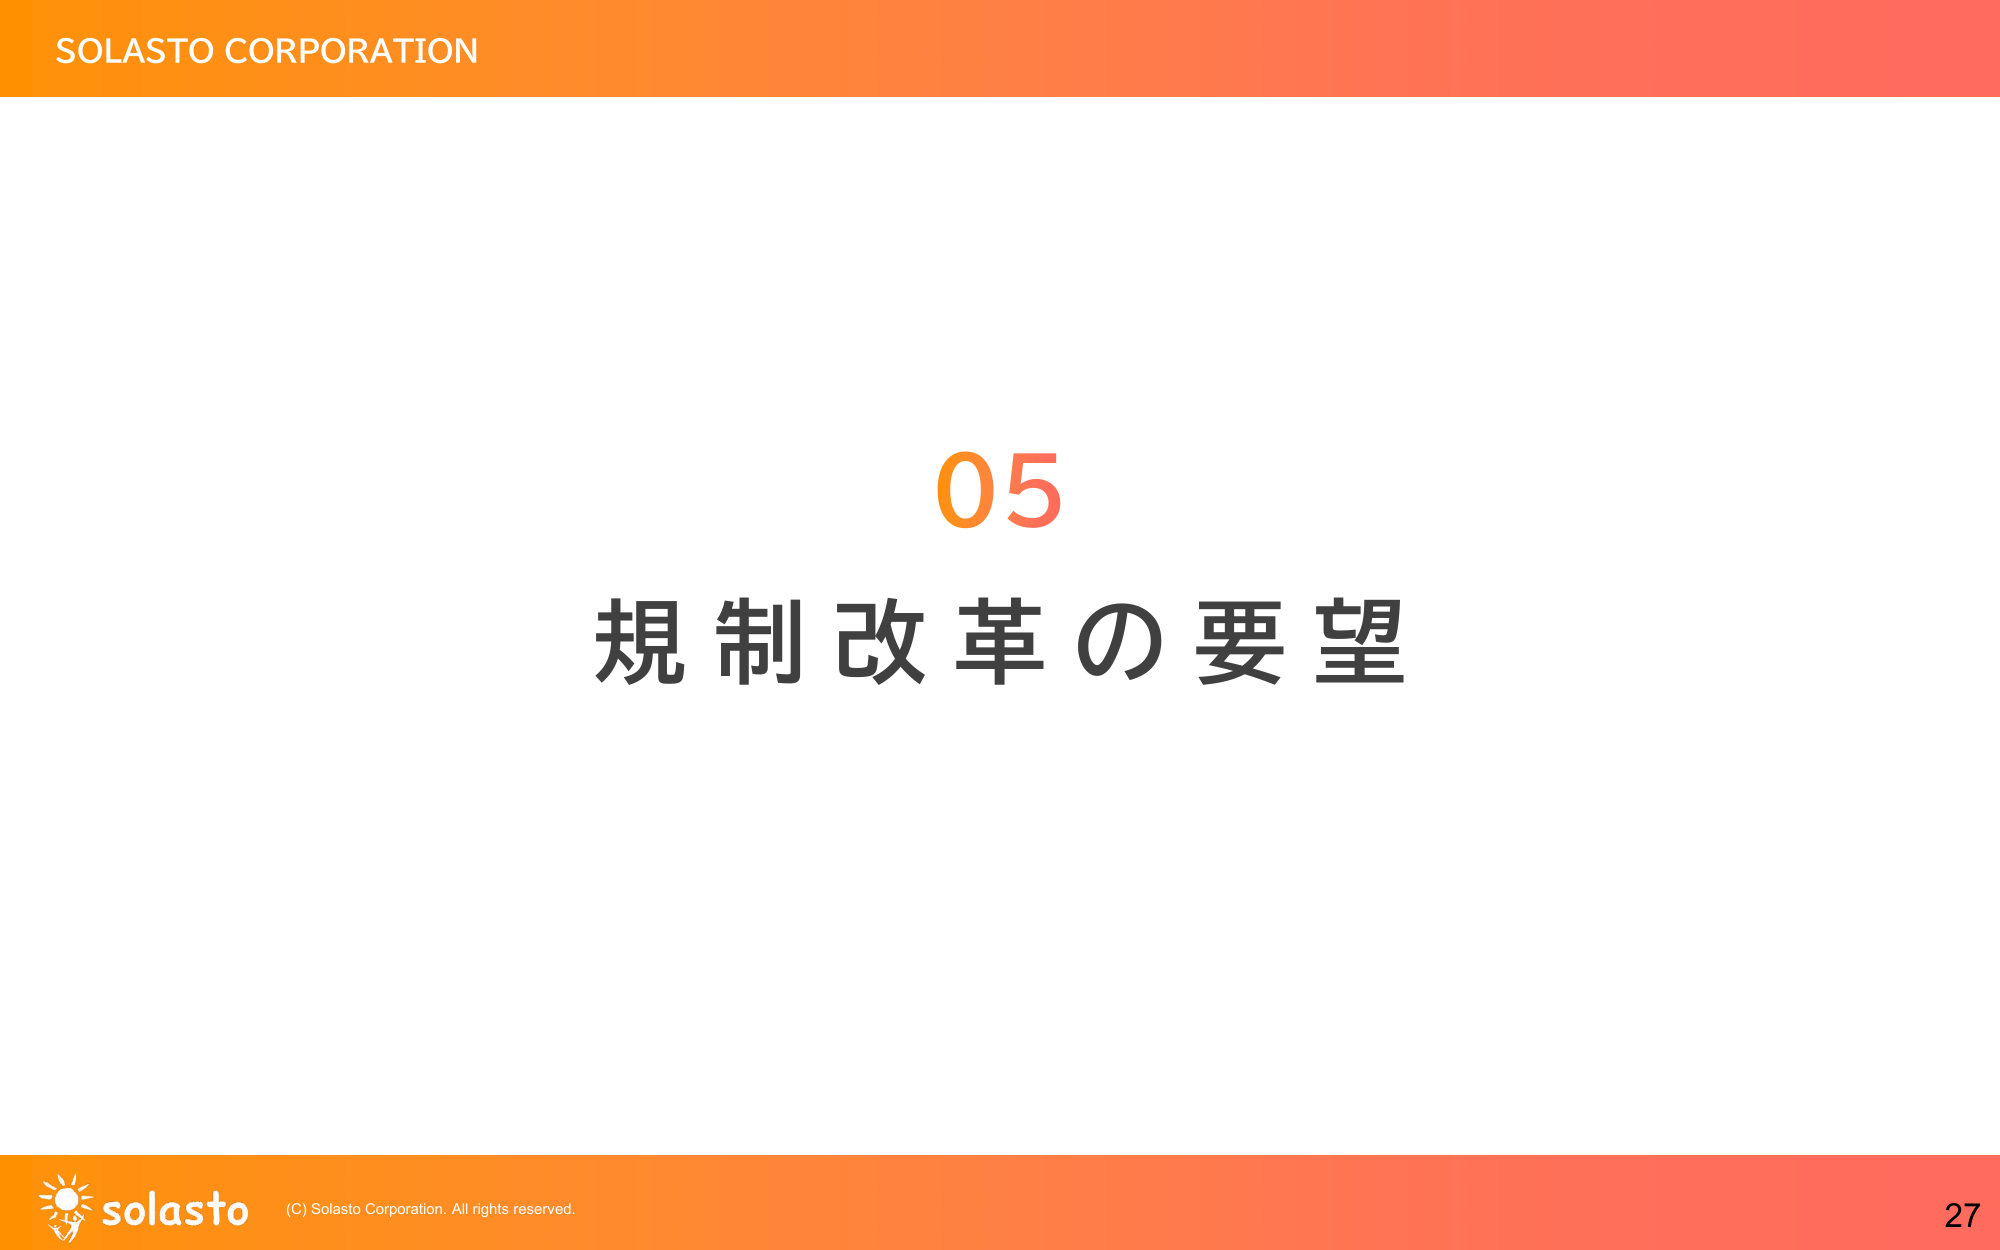
SOLASTO CORPORATION
05
規制改革の要望
solas to
(C) Solasto Corporation. All rights reserved.
27